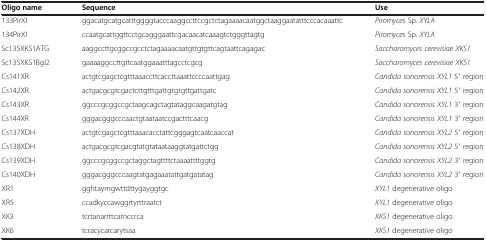
| Oligo name | Sequence | Use |
 | --- | --- | --- |
 | 133PirXI | ggacatgcatgcatttggggtacccaaggccttccgctctagaaaacaatggctaaggaatatttcccacaaattc | Piromyces Sp. XYLA |
 | 134PirXI | ccaatgcattggttcctgcagggaattcgacaacatcaaagtctgggttagtg | Piromyces Sp. XYLA |
 | Sc135XKS1ATG | aaggccttgcggccgcctctagaaaacaatgttgtgttcagtaattcagagac | Saccharomyces cerevisiae XKS1 |
 | Sc135XKS1Bgl2 | gaaaaggccttgttcaatggaaatttagcctcgcg | Saccharomyces cerevisiae XKS1 |
 | Cs141XR | actgtcgagctcgtttaaaccttcaccttaaattccccaattgag | Candida sonorensis XYL1 5′ region |
 | Cs142XR | actgacgcgtcgactcttgtttgattgtgtgttgattgatc | Candida sonorensis XYL1 5′ region |
 | Cs143XR | ggcccgcggccgctaagcagctagtataggcaagatgtag | Candida sonorensis XYL1 3′ region |
 | Cs144XR | gggacgggcccaactgtaataatccgactttcaacg | Candida sonorensis XYL1 3′ region |
 | Cs137XDH | actgtcgagctcgtttaaacacctattcgggagtcaatcaaccat | Candida sonorensis XYL2 5′ region |
 | Cs138XDH | actgacgcgtcgacgtatgtataataaggtatgattctgg | Candida sonorensis XYL2 5′ region |
 | Cs139XDH | ggcccgcggccgctaggctagttttctaaaattttggtg | Candida sonorensis XYL2 3′ region |
 | Cs140XDH | gggacgggcccaagtatgagaaatattgatgatatag | Candida sonorensis XYL2 3′ region |
 | XR1 | gghtaymgwttdttygayggtgc | XYL1 degenerative oligo |
 | XR5 | ccadkyccawggrtyrttraatct | XYL1 degenerative oligo |
 | XK3 | tcrtanarrttcatnccrca | XKS1 degenerative oligo |
 | XK6 | tcracycarcarytsaa | XKS1 degenerative oligo |